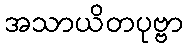
အသာယိတပုဗ္ဗာ